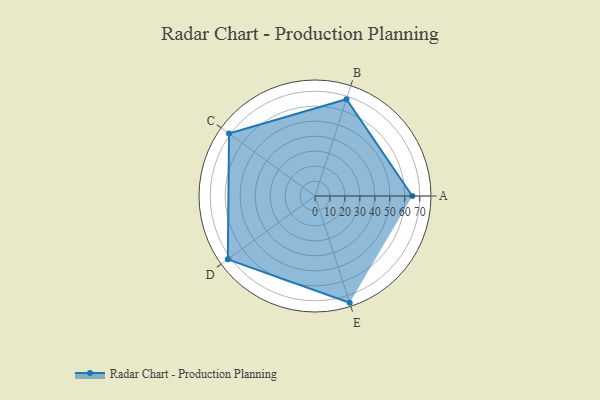
{"axis": {"x": "Skill", "y": "Score"}, "legend": ["Profile"], "data": [{"x": "A", "y": 65.0, "type": "Profile"}, {"x": "B", "y": 68.0, "type": "Profile"}, {"x": "C", "y": 71.0, "type": "Profile"}, {"x": "D", "y": 72.0, "type": "Profile"}, {"x": "E", "y": 75.0, "type": "Profile"}]}